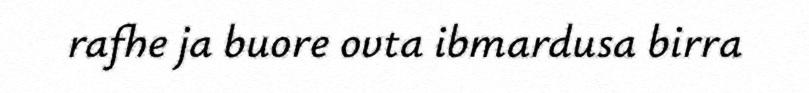
rafhe ja buore ovta ibmardusa birra